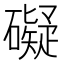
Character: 礙